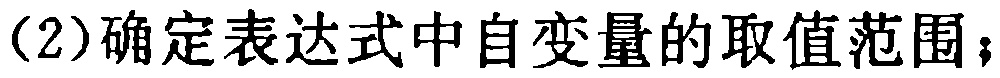
(2)确定表达式中自变量的取值范围；